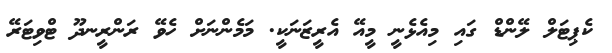
ކެޕިޓަލް ލޭންޑް ގައި މިއެޅެނީ މީއޭ އެރީޒަނަކީ. މަމެންނަށް ހެވޭ ރަންރީނދޫ ޓްވިޓަރޭ